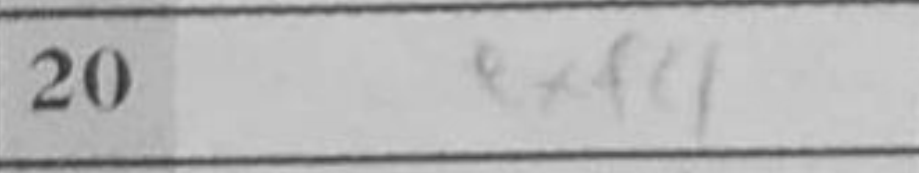
Transcription: exf4